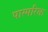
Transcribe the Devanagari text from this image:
पास्‍परिक